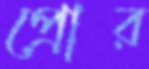
প্রোর